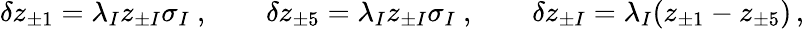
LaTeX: \delta z_{\pm 1}=\lambda_{I}z_{\pm I}\sigma_{I}~,\qquad\delta z_{\pm 5}=\lambda_{I}z_{\pm I}\sigma_{I}~,\qquad\delta z_{\pm I}=\lambda_{I}(z_{\pm 1}-z_{\pm 5})\, ,